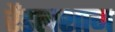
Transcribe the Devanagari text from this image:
रेंडलशाम